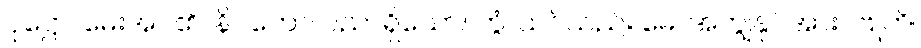
ပုဋ္ဌော၊ မေးအပ်၏။ နိပကော၊ ပညာရှိသော။ တွံ၊ သင်သည်။ မေ၊ အကျွန်ုပ်အား။ ဗြူဟိ၊